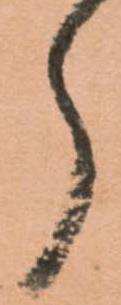
郎